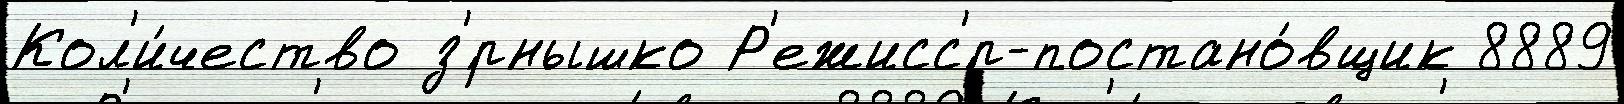
Кол'и́чество з'́рнышко Р'ежисс'́р-постано́вщик 8889